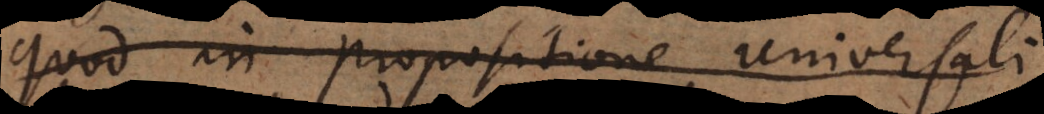
quod in propositione universali